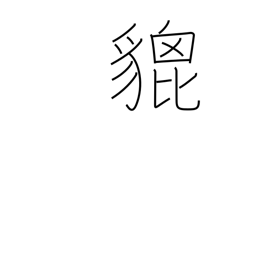
Meaning: brave heraldic beast